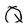
Character: Q